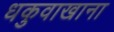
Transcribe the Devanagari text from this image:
धकुवाखाना